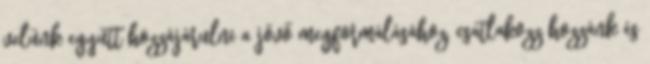
velünk együtt hozzájárulni a jövő megformálásához, csatlakozz hozzánk és